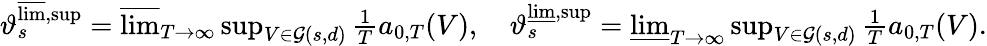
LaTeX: \begin{array}{r}{\vartheta_{s}^{\varlimsup,\operatorname*{sup}}=\varlimsup_{T\to\infty}\operatorname*{sup}_{V\in\mathcal{G}(s,d)}\frac{1}{T}a_{0,T}(V),\quad\vartheta_{s}^{\varliminf,\operatorname*{sup}}=\varliminf_{T\to\infty}\operatorname*{sup}_{V\in\mathcal{G}(s,d)}\frac{1}{T}a_{0,T}(V).}\end{array}